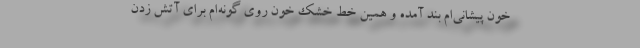
خون پیشانی‌ام بند آمده و همین خط خشک خون روی گونه‌ام برای آتش زدن